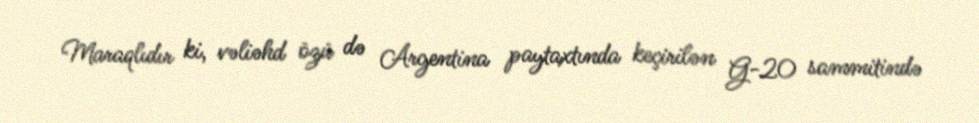
Maraqlıdır ki, vəliəhd özü də Argentina paytaxtında keçirilən G-20 sammitində